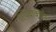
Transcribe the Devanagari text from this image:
स्पिवाकोव